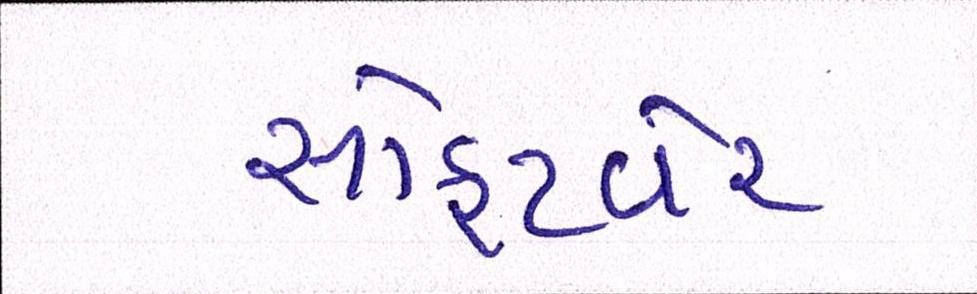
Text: સોફટવેર